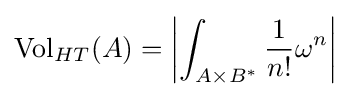
\operatorname {Vol} _{HT}(A)=\left|\int _{A\times B^{*}}{\frac {1}{n!}}\omega ^{n}\right|